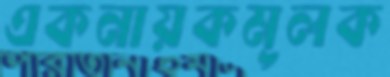
একনায়কমূলক